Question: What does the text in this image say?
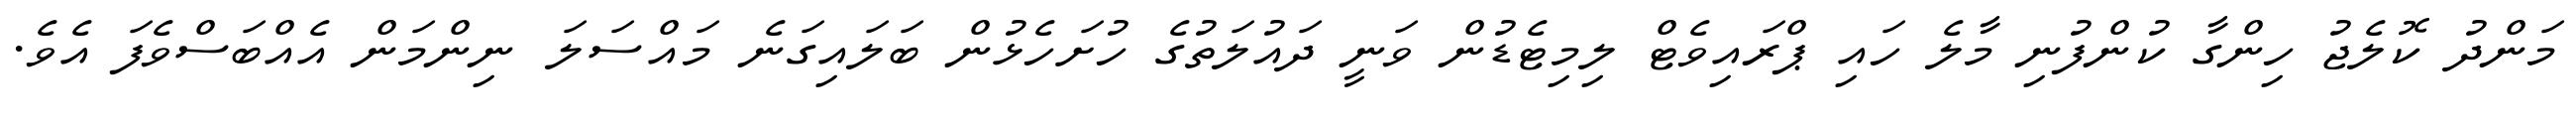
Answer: މަންދު ކޮލެޖު ހިންގާ ކުންފުނި މާލެ ހައި ޕްރައިވެޓް ލިމިޓެޑުން ވަނީ ދައުލަތުގެ ހުށަހެޅުން ބަލައިގަނެ މައްސަލަ ނިންމަން އެއްބަސްވެފަ އެވެ.